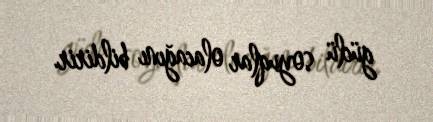
güclü soyuqlar olacağını bildirir.